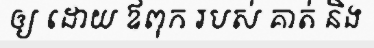
ឲ្យ ដោយ ឪពុក របស់ គាត់ និង